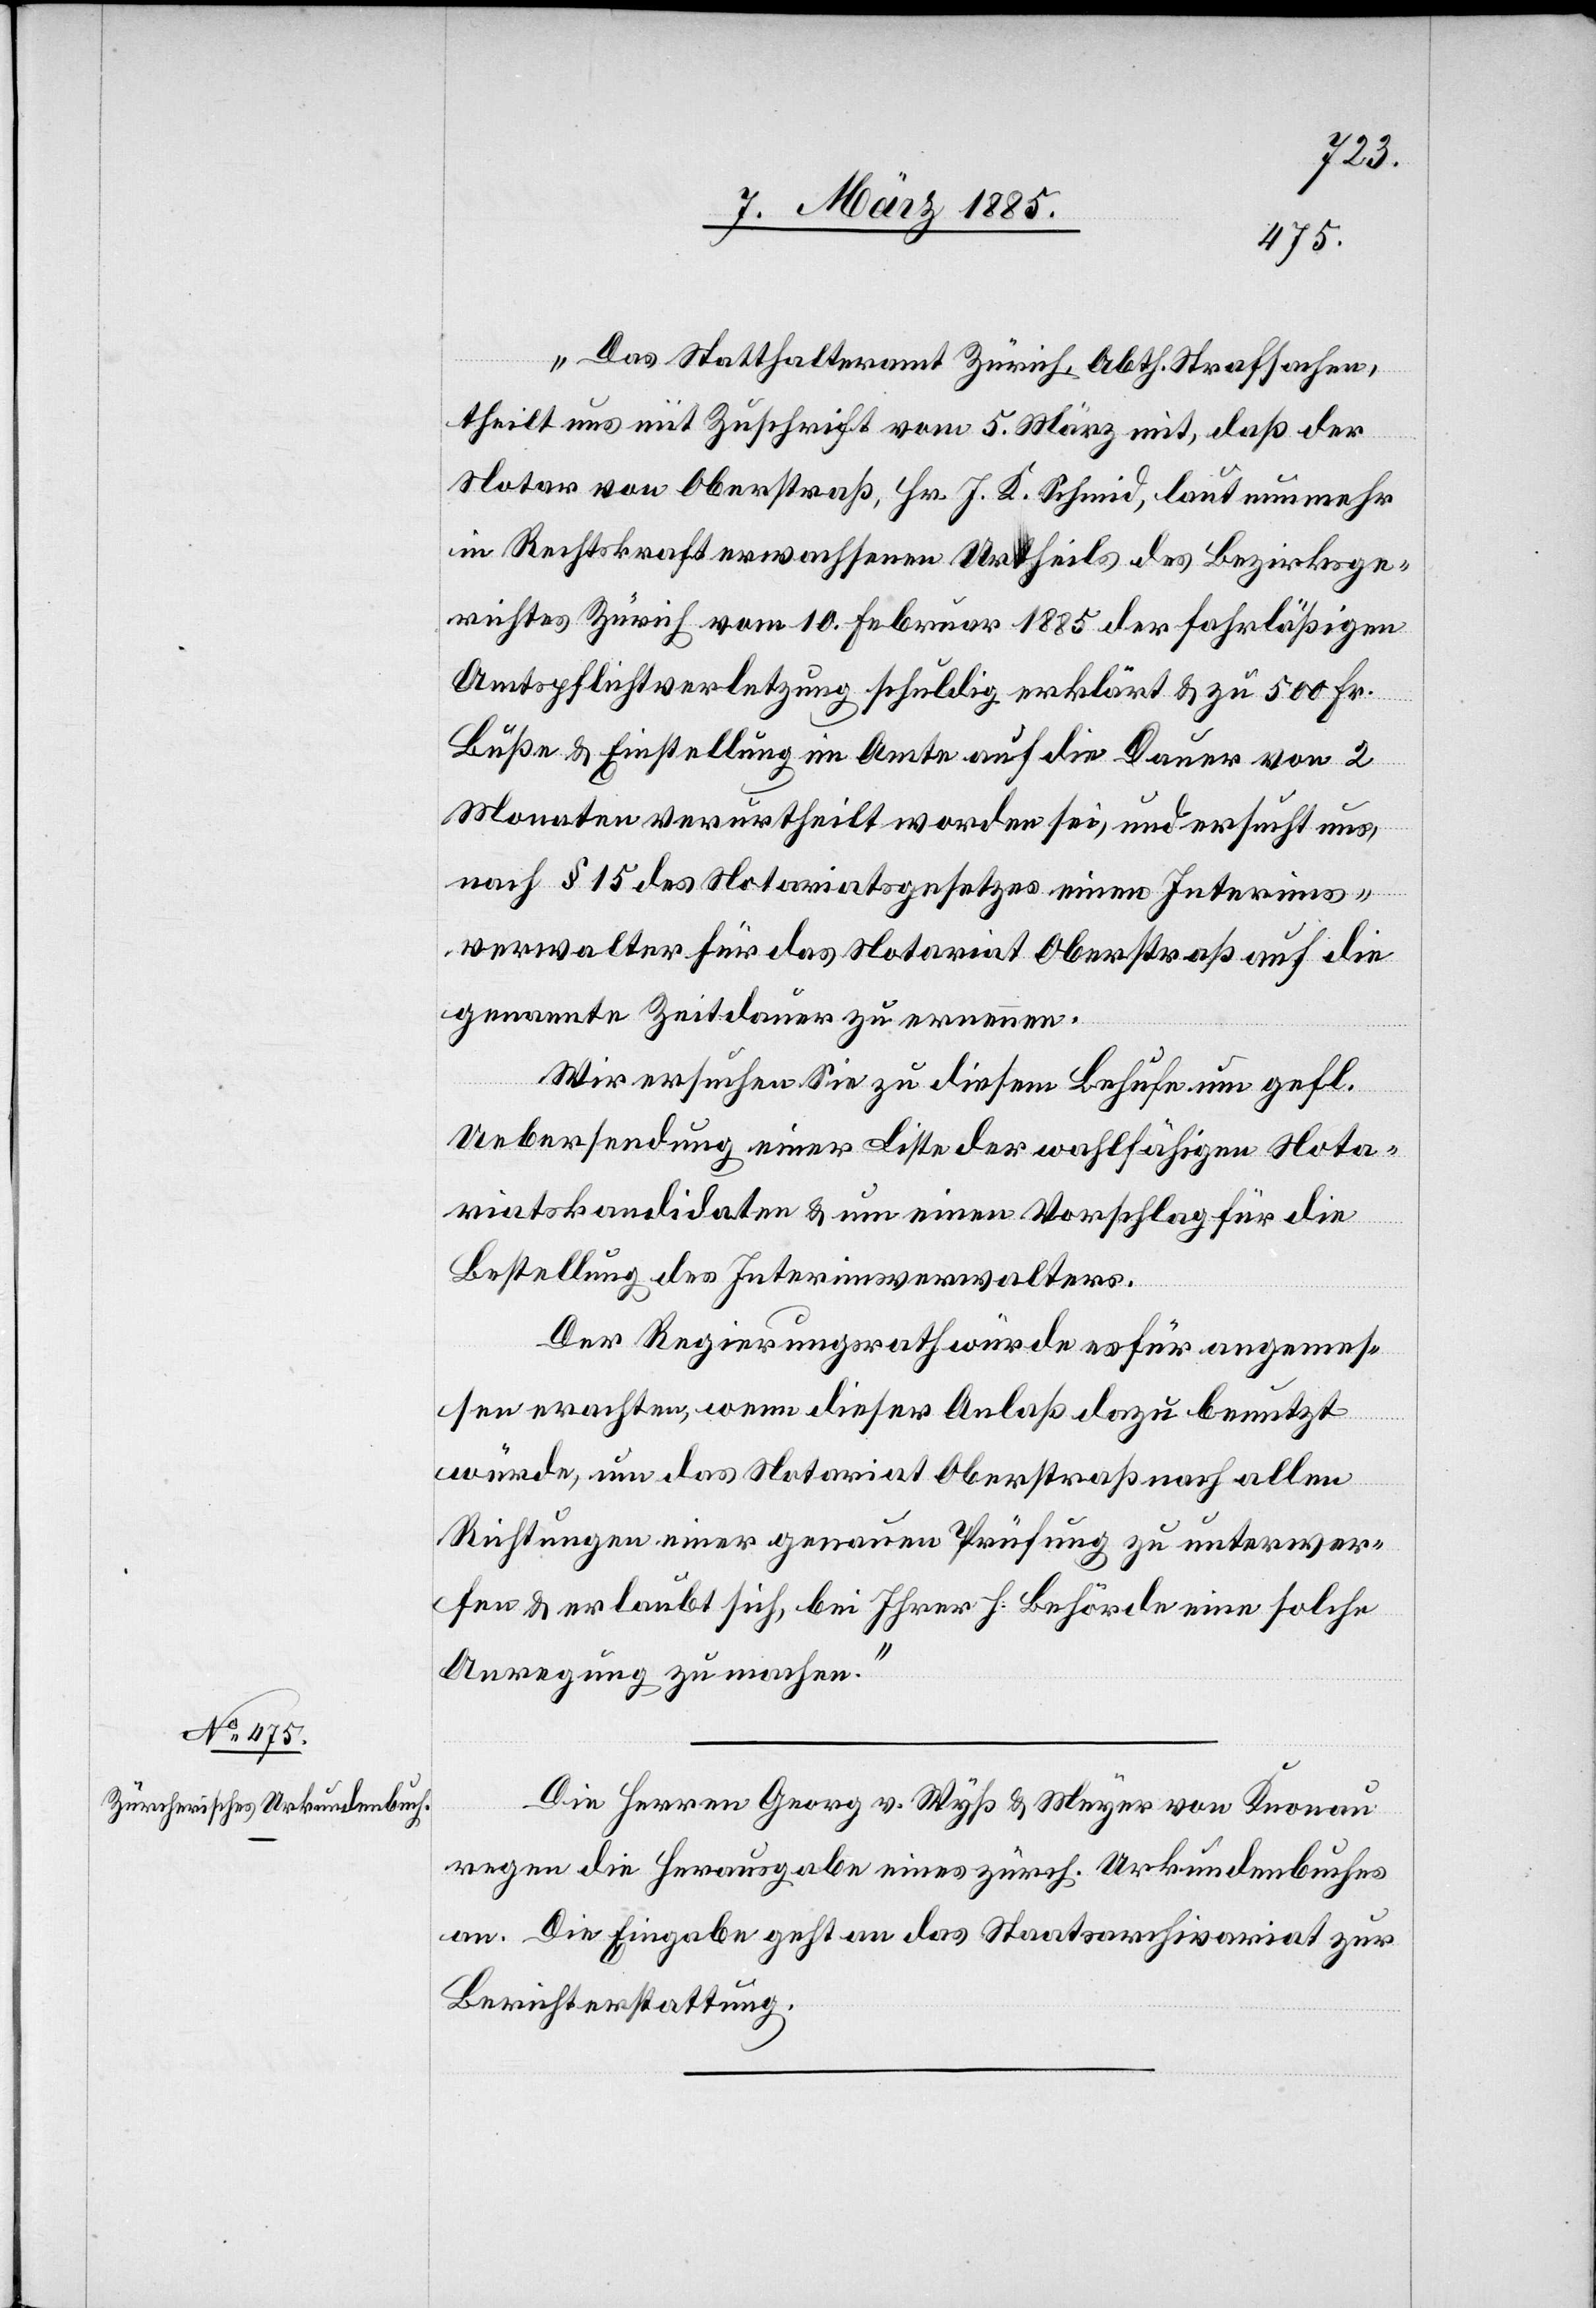
„Das Statthalteramt Zürich, Abth. Strafsachen,
theilt uns mit Zuschrift vom 5. März mit, daß der
Notar von Oberstraß, Hr. J. K. Schmid, laut nunmehr
in Rechtskraft erwachsenen Urtheils des Bezirksge¬
richtes Zürich vom 10. Februar 1885 der fahrläßigen
Amtspflichtverletzung schuldig erklärt & zu 500 Fr.
Buße & Einstellung im Amte auf die Dauer von 2
Monaten verurtheilt worden sei, und ersucht uns,
nach § 15 des Notariatsgesetzes einen Interims¬
verwalter für das Notariat Oberstraß auf die
genannte Zeitdauer zu ernennen.
Wir ersuchen Sie zu diesem Behufe um gefl.
Uebersendung einer Liste der wahlfähigen Nota¬
riatskandidaten & um einen Vorschlag für die
Bestellung des Interimsverwalters.
Der Regierungsrath würde es für angemes¬
sen erachten, wenn dieser Anlaß dazu benutzt
würde, um das Notariat Oberstraß nach allen
Richtungen einer genauen Prüfung zu unterwer¬
fen & erlaubt sich, bei Ihrer h. Behörde eine solche
Anregung zu machen.“
Die Herren Georg v. Wyß & Meyer von Knonau
regen die Herausgabe eines zürch. Urkundenbuches
an. Die Eingabe geht an das Staatsarchivariat zur
Berichterstattung.